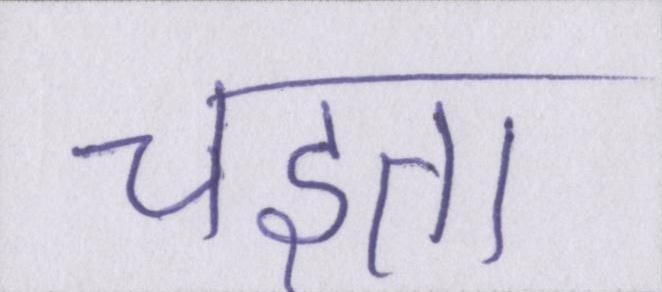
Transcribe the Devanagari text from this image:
चइता